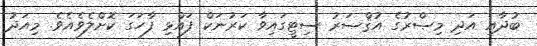
ބުދާއި އަދި މިޞްރުގެ އުޤްޞަރު ސިޓީގައިވާ ކަރުނަކް ފައްޅި ފާހަގަ ކޮށްލެވެއެވެ. މިއަދު